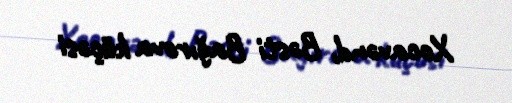
Xocavənd, Bəsti Bağırova küçəsi